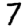
Digit: 7